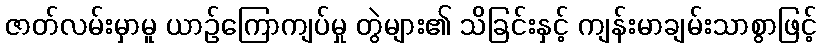
ဇာတ်လမ်းမှာမူ ယာဉ်ကြောကျပ်မှု တွဲများ၏ သိခြင်းနှင့် ကျန်းမာချမ်းသာစွာဖြင့်